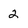
Character: 2